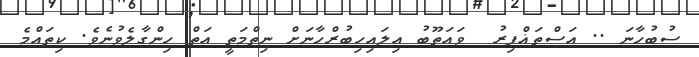
ސުބުހާނަ .. އަސްތަޣްފިރު  ވައަތޫބު އިލައިހިބުރްހާނަށް ނިތްމަތީ އަތް ހިންގާލެވުނެވެ. ކިތައްމެ